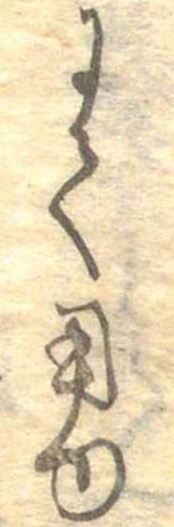
にて用ゆ